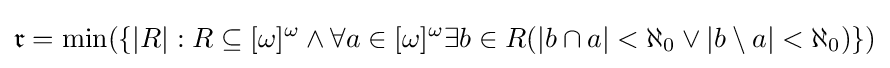
{\mathfrak {r}}=\min(\{|R|:R\subseteq [\omega ]^{\omega }\land \forall a\in [\omega ]^{\omega }\exists b\in R(|b\cap a|<\aleph _{0}\lor |b\setminus a|<\aleph _{0})\})